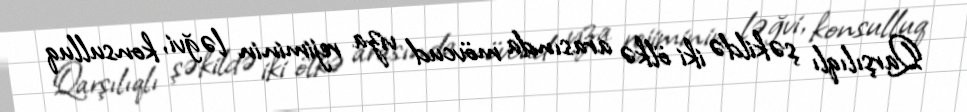
Qarşılıqlı şəkildə iki ölkə arasında mövcud viza rejiminin ləğvi, konsulluq